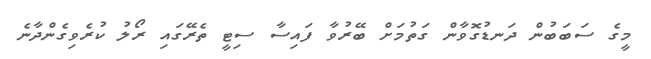
މީގެ ސަބަބުން ދަނޑުގޮވާން ގަތުމަށް ބޭރުވާ ފައިސާ ސިޓީ ތެރޭގައި ރޯލު ކުރެވިގެންދާނެ